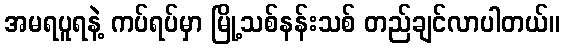
အမရပူရနဲ့ ကပ်ရပ်မှာ မြို့သစ်နန်းသစ် တည်ချင်လာပါတယ်။